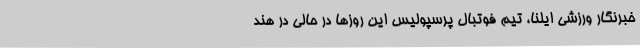
خبرنگار ورزشی ایلنا، تیم فوتبال پرسپولیس این روزها در حالی در هند